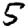
Digit: 5